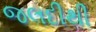
જલદીથી